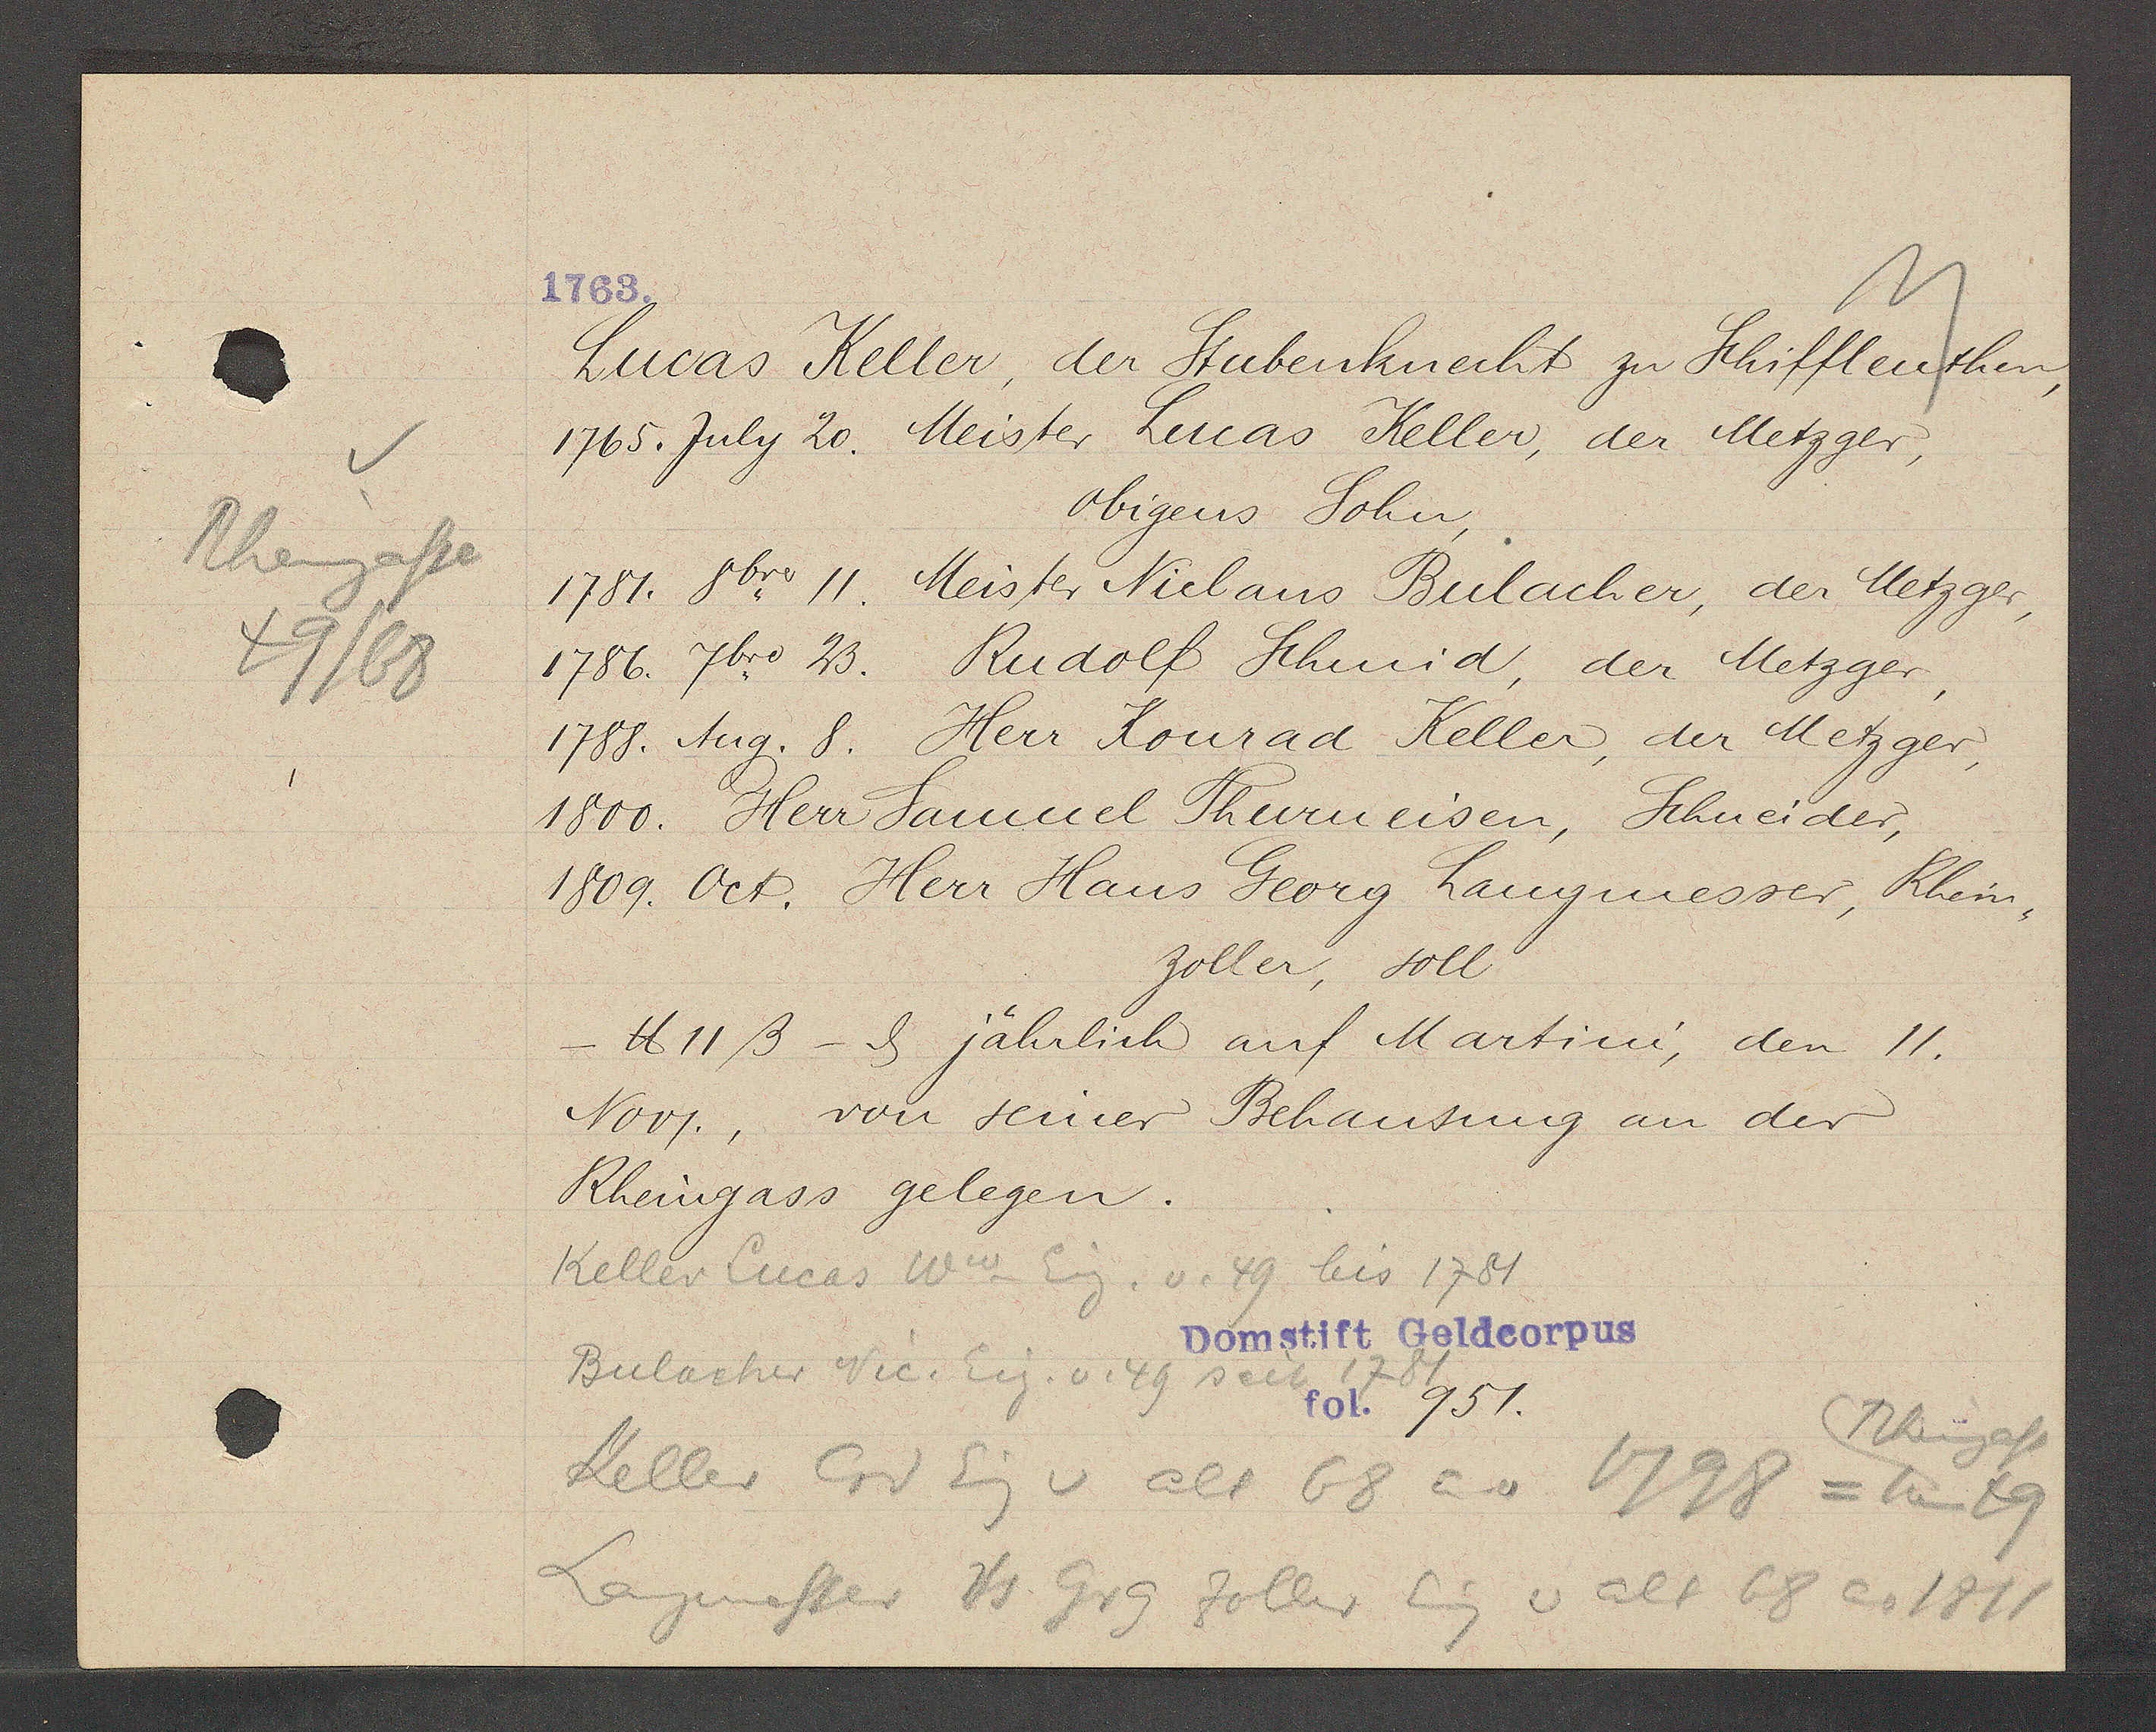
Transcript:
Rheingasse
49/68

1763.

Lucas Keller, der Stubenknecht zu Schifflenthen,
1765. July 20. Meister Lucas Keller, der Metzger,
obigens Sohn,
1781. 8bro. 11. Meister Niclaus Bulacher, der Metzger,
1786. 7bro.  23. Rudolf Schmid, der Metzger,
1788 Aug. 8. Herr Konrad Keller, der Metzger,
1800. Herr Samuel Thurneisen, Schneider,
1809. Oct. Herr Hans Georg haugmesser, Rhein,
zoller, soll
- ℔ 11 ß - ȡ jährlich auf Martini, den 11.
von seiner Behausung an der
Nov.,
Rheingass gelegen.

Keller Lucas Ww. Eig. v. 49 bis 1781

Bulacher Nic. Eig. v. 49 seit 1781

Domstift Geldcorpus
fol. 951.

Keller Crd Eig v alt 68 ao 1798 = neu 49
Rheingasse
Langmesser Hs. Grg Zoller Eig v alt 68 ao 1811